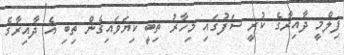
ފިލްމީ ދާއިރާގެ ކުރީ ސަފުގައި މިހާރު ތިބީ ކިޔަވައިގެން ތިބި އެ ދާއިރާގެ